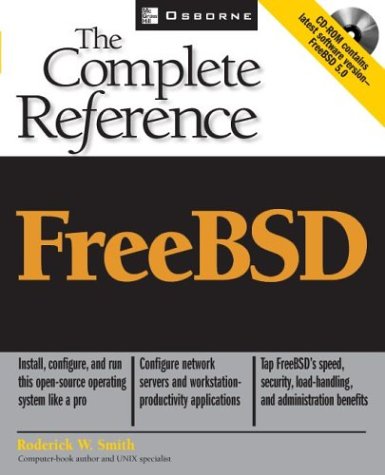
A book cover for FreeBSD 5: The Complete Reference (With CD-ROM); Roderick Smith; Computers & Technology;